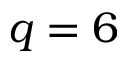
q = 6